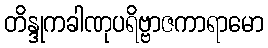
တိန္ဒုကခါဏုပရိဗ္ဗာဇကာရာမော